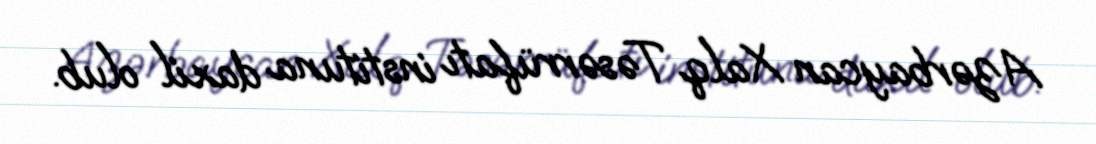
Azərbaycan Xalq Təsərrüfatı instituna daxil olub.